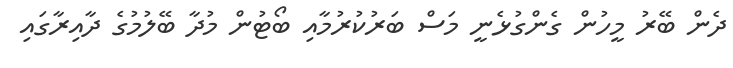
ދެން ބޭރު މީހުން ގެންގުޅެނީ މަސް ބަރުކުރުމާއި ބޯޓުން މުދާ ބޭލުމުގެ ދާއިރާގައި